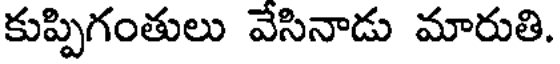
కుప్పిగంతులు వేసినాడు మారుతి.